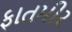
ફાતમીર